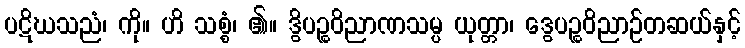
ပဋိဃသညံ၊ ကို။ ဟိ သစ္စံ၊ ၏။ ဒွိပဉ္စဝိညာဏသမ္ပ ယုတ္တာ၊ ဒွေပဉ္စဝိညာဉ်တဆယ်နှင့်